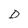
Character: D